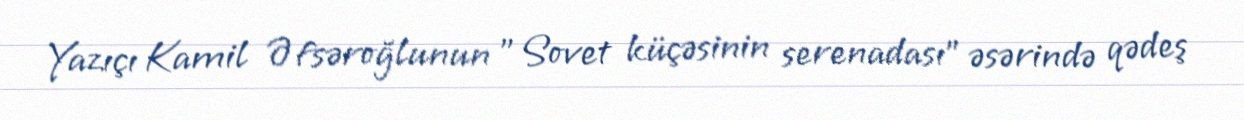
Yazıçı Kamil Əfsəroğlunun "Sovet küçəsinin serenadası" əsərində qədeş